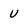
Character: U